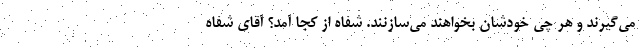
می‌گیرند و هر چی خودشان بخواهند می‌سازنند. شفاه از کجا آمد؟ آقای شفاه